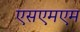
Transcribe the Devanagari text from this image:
एसएमएम